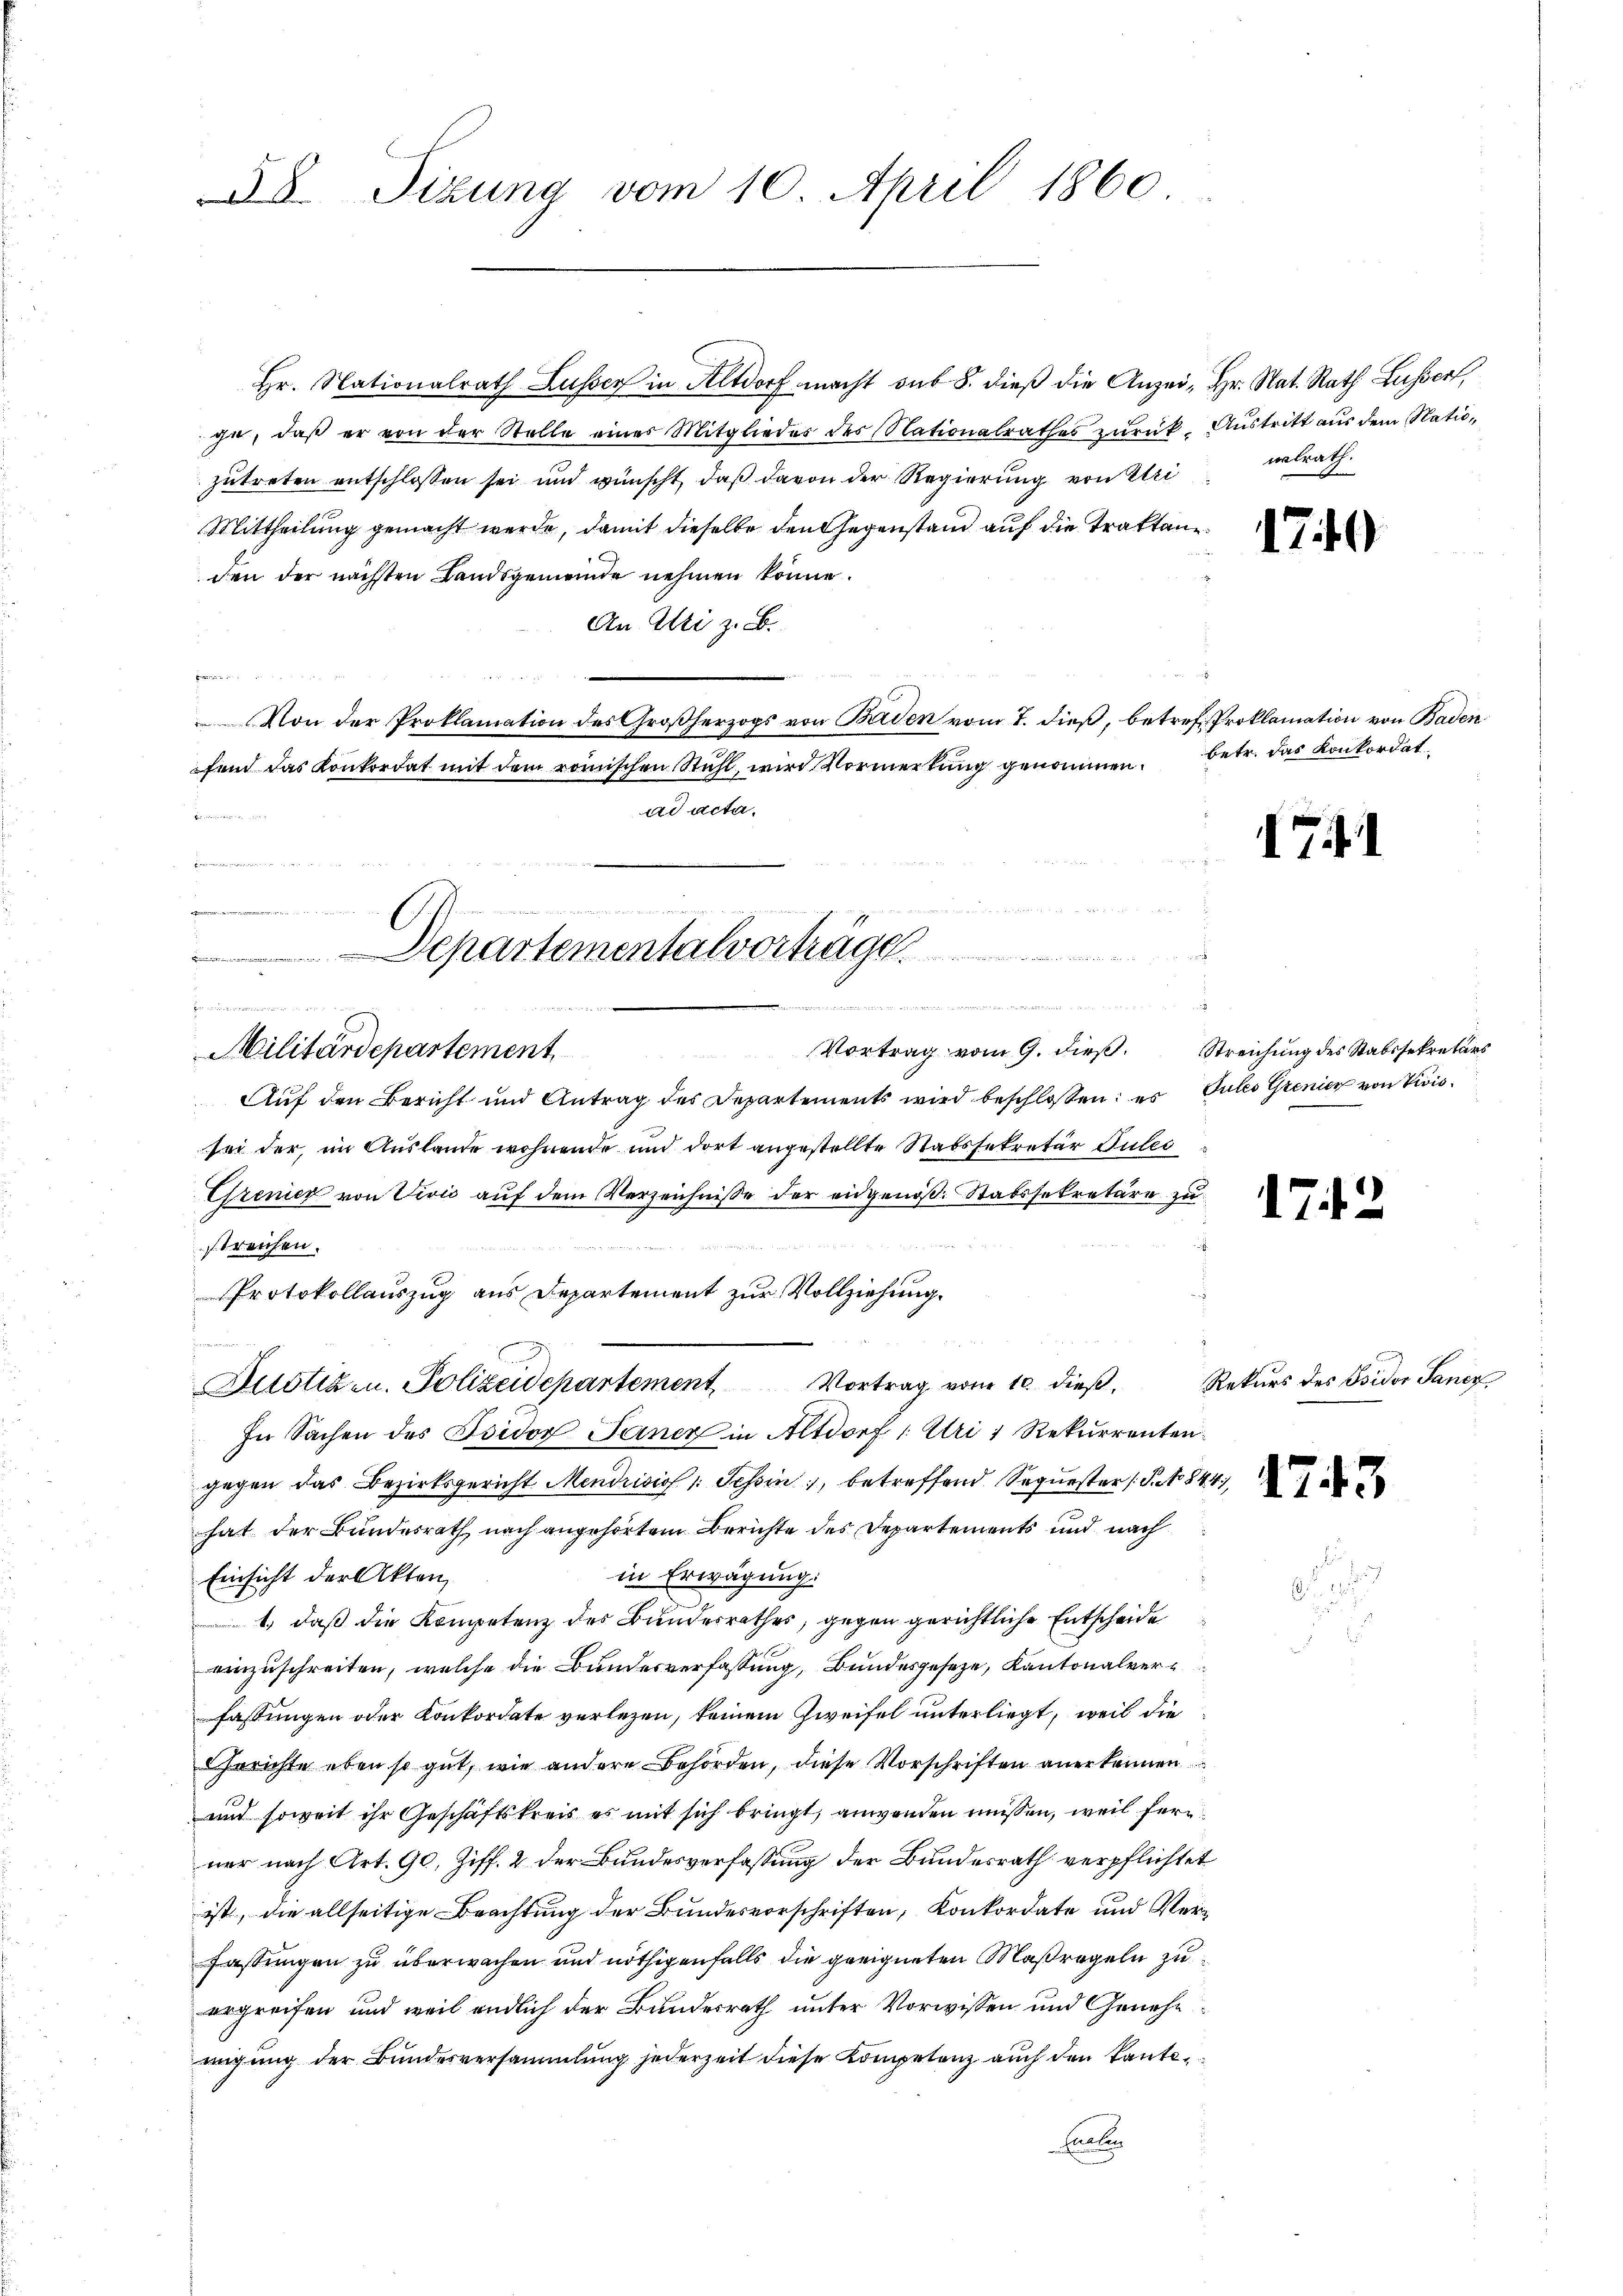
A. Sizung vom 10. April 1860

Hr. Nationalrath Lusser in Altdorf macht sub 8. dieß die Anzei- Hr. Nat. Rath Lusser,
ge, daß er von der Stelle eines Mitgliedes des Nationalrathes zurück. Austritt aus dem Natiozutreten entschlossen sei und wünscht, daß davon der Regierung von Uri
Mittheilung gemacht werde, damit dieselbe den Gegenstand auf die Traktan
den der nächsten Landsgemeinde nehmen könne.
An Uri z. B.
Von der Proklamation des Großherzogs von Beiden vom 7. dieß, betreff Proklamation von Baden
fend das Konkordat mit dem römischen Stuhl, wird Vormerkung genommen, betr. das Konkordat
ad acta.
F
Vortrag vom 9. dieß. Streichung des Stabssekretärs
Auf den Bericht und Antrag des Departements wird beschlossen: es Gutes Grenier von Vivissei der, im Auslande wohnende und dort angestellte Stabssekretär Gutes
Gremier von Vivić auf dem Verzeichnisse der eidgenöß- Stabssekretäre zu
streichen.
Protokollauszug aus Departement zur Vollziehung.
Justiz- u. Polizeidepartement Vortrag vom 10. dieß
In Sachen des Isidor Seiner in Altdorf : Uri 1 Rekurrentengegen das Bezirksgericht Mendrisiss: Schin, betreffend Sequester (S. No 844
hat der Bundesrath nach angehörtem Berichte des Departements und nach
in Erwägung:
Einsicht der Akten,
1) daß die Kompetenz des Bundesrathes, gegen gerichtliche Entscheide
einzuschreiten, welche die Bundesverfassung, Bundesgesetze, Kantonalverfassungen oder Konkordate verlegen, keinem Zweifel unterliegt, weil die
Gerichte eben so gut, wie andere Behörden, diese Vorschriften anerkennen
und soweit ihr Geschäftskreis es mit sich bringt, anwenden müssen, weil fern
ner nach Art. 90, Ziff. 2 der Bundesverfassung der Bundesrath verpflichtet
ist, die allseitige Beachtung der Bundesvorschriften, Konkordate und Verfassungen zu überwachen und nöthigenfalls die geeigneten Maßregeln zu
ergreifen und weil endlich der Bundesrath unter Vorwissen und Genehmmigung der Bundesversammlung jederzeit diese Kompetenz auch den kanto¬
Eraten

d

n

emessen
Departementalvorträge
bnemen

e
Militärdepartement

nalrath.

1740

741

1742

Rekurs des Fridor Sanen

1743